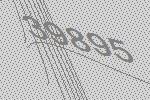
39895